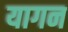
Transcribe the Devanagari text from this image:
यागन